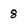
Character: 8